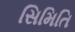
સિમિતિ